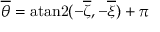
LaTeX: { \overline { { \theta } } } = \mathrm { a t a n 2 } ( - { \overline { { \zeta } } } , - { \overline { { \xi } } } ) + \pi